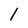
Character: l